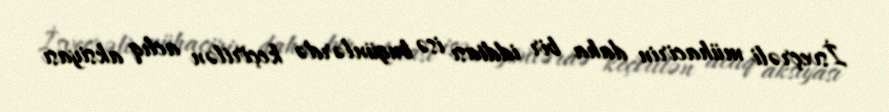
İsveçrəli mühacirin daha bir iddiası isə bugünlərdə keçirilən aclıq aksiyası